Leaving Certificate Examination, 1915
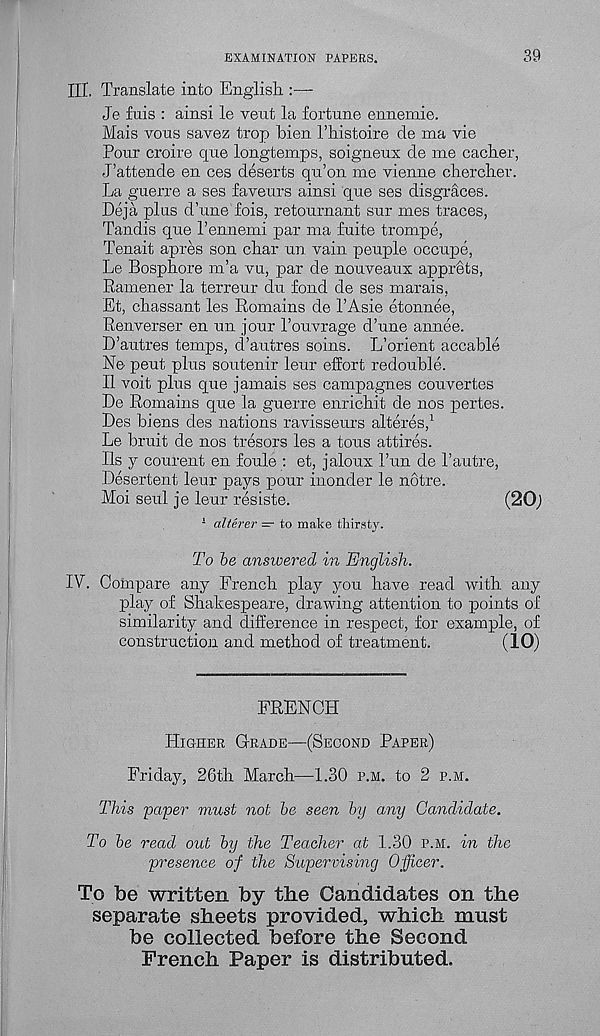
EXAMINATION PAPERS.
39
III. Translate into Englisli
Je fuis : ainsi le vent la fortune ennemie.
Mais vous savez trop bien I’histoire de ma vie
Pour croire que longtemps, soigneux de me cacber,
J’attende en ces deserts qu’on me vienne cherclier.
La guerre a ses favours ainsi que ses disgraces.
Deja plus d’une fois, retournant sur mes traces,
Tandis que Tennemi par ma fuite trompe,
Tenait apres son char un vain peuple occupe,
Le Bosphore m’a vu, par de nouveaux apprets,
Ramener la terreur du fond de ses marais,
Et, chassant les Remains de TAsie etonnee,
Renverser en un jour 1’ouvrage d’une annee.
D’autres temps, d’autres soins. L’orient accable
Ne pent plus soutenir leur effort redouble.
II voit plus que jamais ses campagnes couvertes
Le Romains que la guerre enriebit de nos pertes.
Les biens des nations ravisseurs alteres, 1
Le bruit de nos tresors les a tons attires.
Ils j courent en foule : et, jaloux Pun de T autre,
Lesertent leur pays pour inonder le notre.
Moi seul je leur resiste.
(20j
1 alterer — to make thirsty.
To be answered in English.
IV. Compare any French play you have read with any
play of Shakespeare, drawing attention to points of
similarity and difference in respect, for example, of
construction and method of treatment.
(10)
FRENCH
Higher Grade—(Second Paper)
Friday, 26th March—1.30 p.m. to 2 p.m.
This paper must not be seen by any Candidate.
To be read out by the Teacher at 1.30 p.m. in the
presence of the Supervising Officer.
To Ibe written by the Candidates on the
separate sheets provided, which must
be collected before the Second
French Paper is distributed.